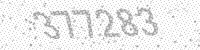
Solution: 377283